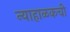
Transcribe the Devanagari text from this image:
न्याहाळकची